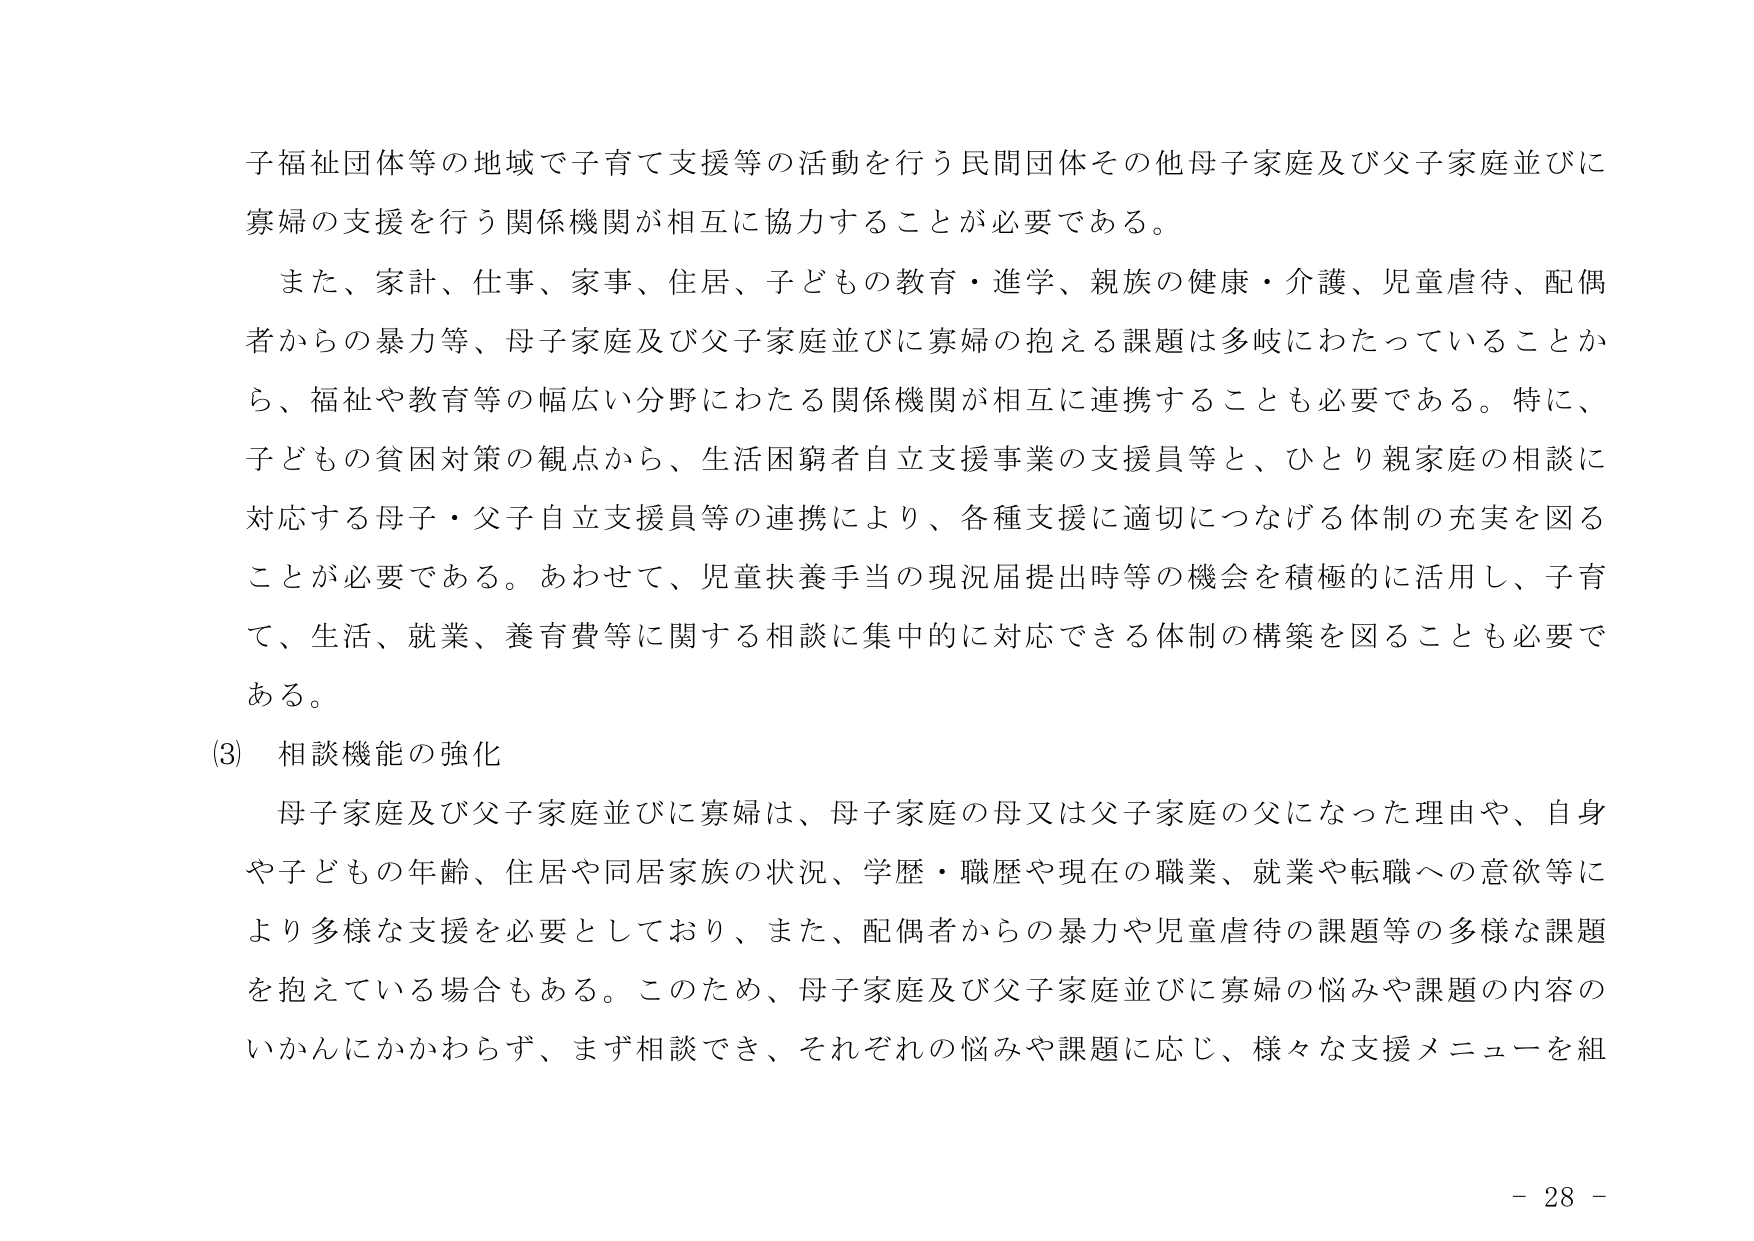
子福祉団体等の地域で子育て支援等の活動を行う民間団体その他母子家庭及び父子家庭並びに寡婦の支援を行う関係機関が相互に協力することが必要である。

また、家計、仕事、家事、住居、子どもの教育・進学、親族の健康・介護、児童虐待、配偶者からの暴力等、母子家庭及び父子家庭並びに寡婦の抱える課題は多岐にわたっていることから、福祉や教育等の幅広い分野にわたる関係機関が相互に連携することも必要である。特に、子どもの貧困対策の観点から、生活困窮者自立支援事業の支援員等と、ひとり親家庭の相談に対応する母子・父子自立支援員等の連携により、各種支援に適切につなげる体制の充実を図ることが必要である。あわせて、児童扶養手当の現況届提出時等の機会を積極的に活用し、子育て、生活、就業、養育費等に関する相談に集中的に対応できる体制の構築を図ることも必要である。

(3) 相談機能の強化

母子家庭及び父子家庭並びに寡婦は、母子家庭の母又は父子家庭の父になった理由や、自身や子どもの年齢、住居や同居家族の状況、学歴・職歴や現在の職業、就業や転職への意欲等により多様な支援を必要としており、また、配偶者からの暴力や児童虐待の課題等の多様な課題を抱えている場合もある。このため、母子家庭及び父子家庭並びに寡婦の悩みや課題の内容のいかんにかかわらず、まず相談でき、それぞれの悩みや課題に応じ、様々な支援メニューを組

- 28 -